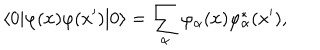
\langle 0 | \varphi ( x ) \varphi ( x ^ { \prime } ) | 0 \rangle = \sum _ { \alpha } \varphi _ { \alpha } ( x ) \varphi _ { \alpha } ^ { \ast } ( x ^ { \prime } ) ,